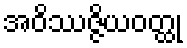
အဝိဿဇ္ဇိယဝတ္ထု